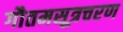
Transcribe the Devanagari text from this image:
गौतमसूत्रचरण